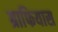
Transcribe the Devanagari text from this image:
ग्राफियास